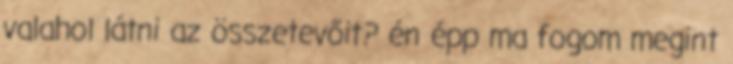
valahol látni az összetevőit? én épp ma fogom megint